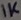
Text: 1K